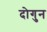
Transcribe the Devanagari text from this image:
दोगुन